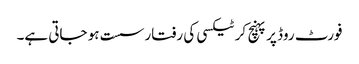
فورٹ روڈ پر پہنچ کر ٹیکسی کی رفتار سست ہو جاتی ہے۔